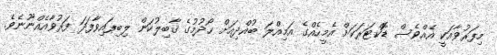
މިފަރުވާއަކީ އެއްވެސް ޑޮކްޓަރަކަށް އެމީހެއްގެ އަމިއްލަ ބުއްދިއަށް ހޯދުމުގެ ޤާބިލުކަން ލިބިފައިވާފަދަ ފަރުވާއެއްނޫނެވެ.